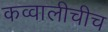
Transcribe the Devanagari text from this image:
कव्वालीचीच